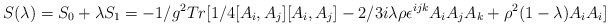
\begin{align*}S(\lambda) = S_0 + \lambda S_1 = - 1/g^2 Tr [1/4 [ A_i, A_j ] [ A_i, A_j ] - 2/3 i \lambda \rho \epsilon^{ijk}A_i A_j A_k + \rho^2 ( 1- \lambda ) A_i A_i]\end{align*}